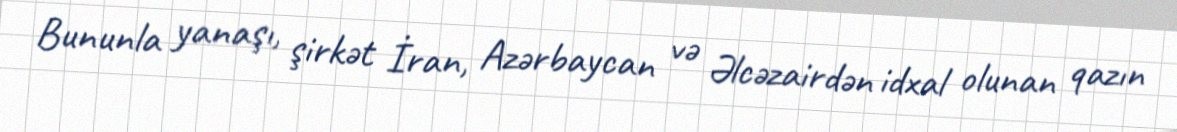
Bununla yanaşı, şirkət İran, Azərbaycan və Əlcəzairdən idxal olunan qazın